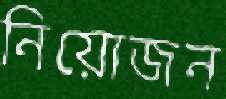
নিয়োজন